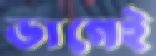
ভাগেই